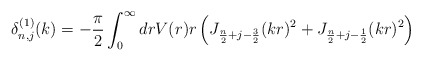
\begin{align*}\delta^{(1)}_{n,j}(k) = -\frac{\pi}{2} \int_0^\infty dr V(r) r\left(J_{\frac{n}{2} + j - \frac{3}{2}}(kr)^2 +J_{\frac{n}{2} + j - \frac{1}{2}}(kr)^2 \right)\end{align*}